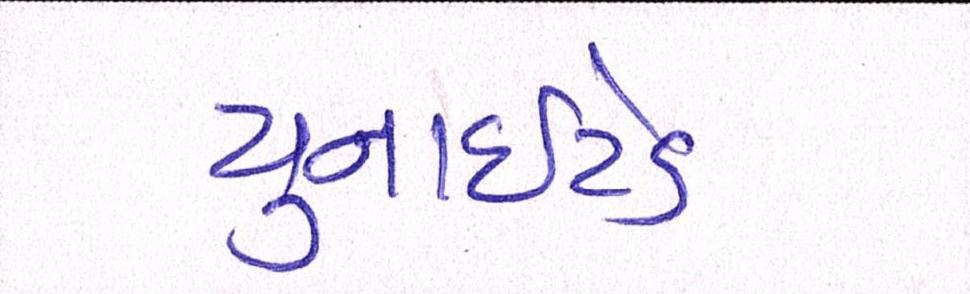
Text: યુનાઈટેડ